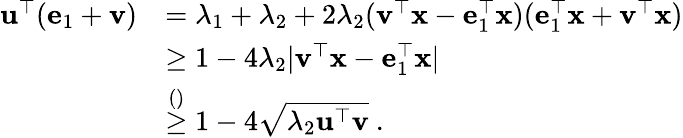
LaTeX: \begin{array}{rl}{\mathbf u^{\top}(\mathbf e_{1}+\mathbf v)}&{=\lambda_{1}+\lambda_{2}+2\lambda_{2}(\mathbf v^{\top}\mathbf x-\mathbf e_{1}^{\top}\mathbf x)(\mathbf e_{1}^{\top}\mathbf x+\mathbf v^{\top}\mathbf x)}\\ &{\geq 1-4\lambda_{2}|\mathbf v^{\top}\mathbf x-\mathbf e_{1}^{\top}\mathbf x|}\\ &{\overset{()}{\geq}1-4\sqrt{\lambda_{2}\mathbf u^{\top}\mathbf v}~.}\end{array}